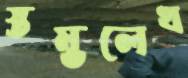
স্তম্ভলেখ